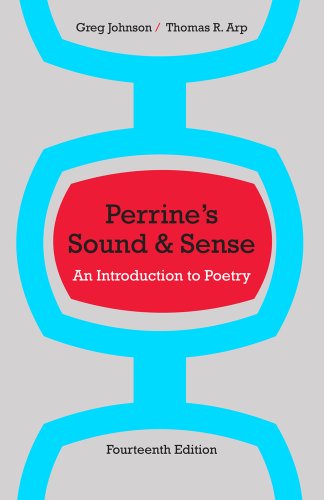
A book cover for Perrine's Sound and Sense: An Introduction to Poetry (Perrine's Sound & Sense: An Introduction to Poetry); Thomas R. Arp; Literature & Fiction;